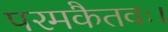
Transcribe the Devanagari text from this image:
परमकैतवः।